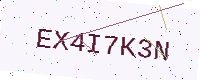
Text: EX4I7K3N